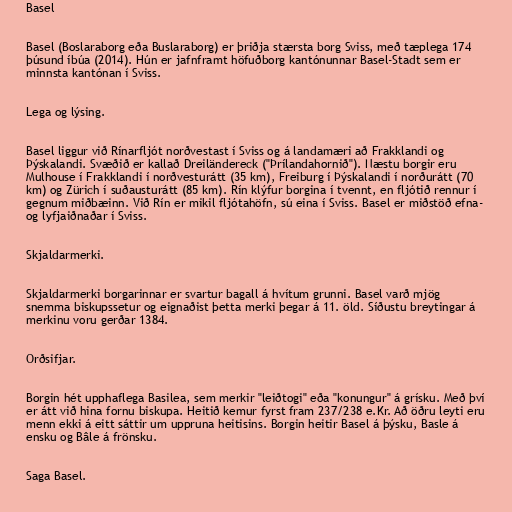
Basel

Basel (Boslaraborg eða Buslaraborg) er þriðja stærsta borg Sviss, með tæplega 174
þúsund íbúa (2014). Hún er jafnframt höfuðborg kantónunnar Basel-Stadt sem er
minnsta kantónan í Sviss.

Lega og lýsing.

Basel liggur við Rínarfljót norðvestast í Sviss og á landamæri að Frakklandi og
Þýskalandi. Svæðið er kallað Dreiländereck ("Þrílandahornið"). Næstu borgir eru
Mulhouse í Frakklandi í norðvesturátt (35 km), Freiburg í Þýskalandi í norðurátt (70
km) og Zürich í suðausturátt (85 km). Rín klýfur borgina í tvennt, en fljótið rennur í
gegnum miðbæinn. Við Rín er mikil fljótahöfn, sú eina í Sviss. Basel er miðstöð efna-
og lyfjaiðnaðar í Sviss.

Skjaldarmerki.

Skjaldarmerki borgarinnar er svartur bagall á hvítum grunni. Basel varð mjög
snemma biskupssetur og eignaðist þetta merki þegar á 11. öld. Síðustu breytingar á
merkinu voru gerðar 1384.

Orðsifjar.

Borgin hét upphaflega Basilea, sem merkir "leiðtogi" eða "konungur" á grísku. Með því
er átt við hina fornu biskupa. Heitið kemur fyrst fram 237/238 e.Kr. Að öðru leyti eru
menn ekki á eitt sáttir um uppruna heitisins. Borgin heitir Basel á þýsku, Basle á
ensku og Bâle á frönsku.

Saga Basel.